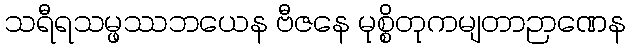
သရီရသမ္ဖဿဘယေန ဗီဇနေ မုစ္စိတုကမျတာဉာဏေန